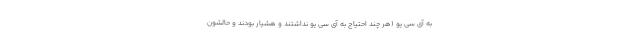
به آی سی یو (هر چند احتیاج به آی سی یو نداشتند و هشیار بودند و حالشون